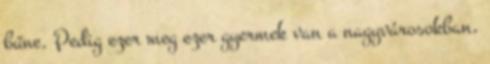
bűne. Pedig ezer meg ezer gyermek van a nagyvárosokban,